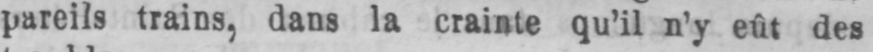
pareils trains, dans la crainte qu’il n’y eût des